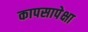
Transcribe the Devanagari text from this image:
कापसापेक्षा